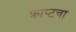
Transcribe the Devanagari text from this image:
क्राप्टचा